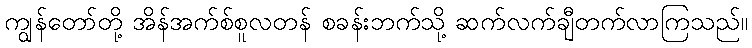
ကျွန်တော်တို့ အိန်အက်စ်စူလတန် စခန်းဘက်သို့ ဆက်လက်ချီတက်လာကြသည်။